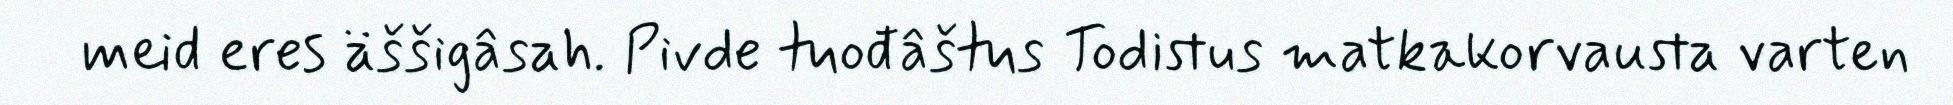
meid eres äššigâsah. Pivde tuođâštus Todistus matkakorvausta varten